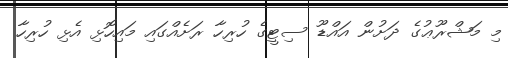
މި މަޝްރޫޢުގެ ދަށުން އައްޑޫ ސިޓީގެ ހުރިހާ ރަށެއްގައި މައިހޮޅި އެޅި ހުރިހާ